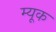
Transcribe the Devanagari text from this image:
म्यूक